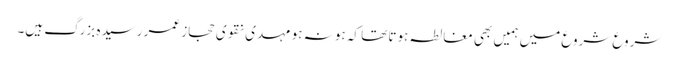
شروع شروع میں ہمیں بھی مغالطہ ہوتا تھا کہ ہو نہ ہو مہدی نقوی حجاز عمر رسیدہ بزرگ ہیں۔